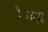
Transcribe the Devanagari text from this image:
है।जहा